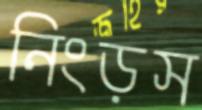
নিংড়স